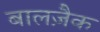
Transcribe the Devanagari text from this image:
बालज़ैक